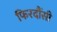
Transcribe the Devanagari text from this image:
फिरदौंसी